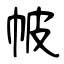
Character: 帔